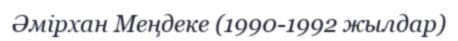
Әмірхан Меңдеке (1990-1992 жылдар)